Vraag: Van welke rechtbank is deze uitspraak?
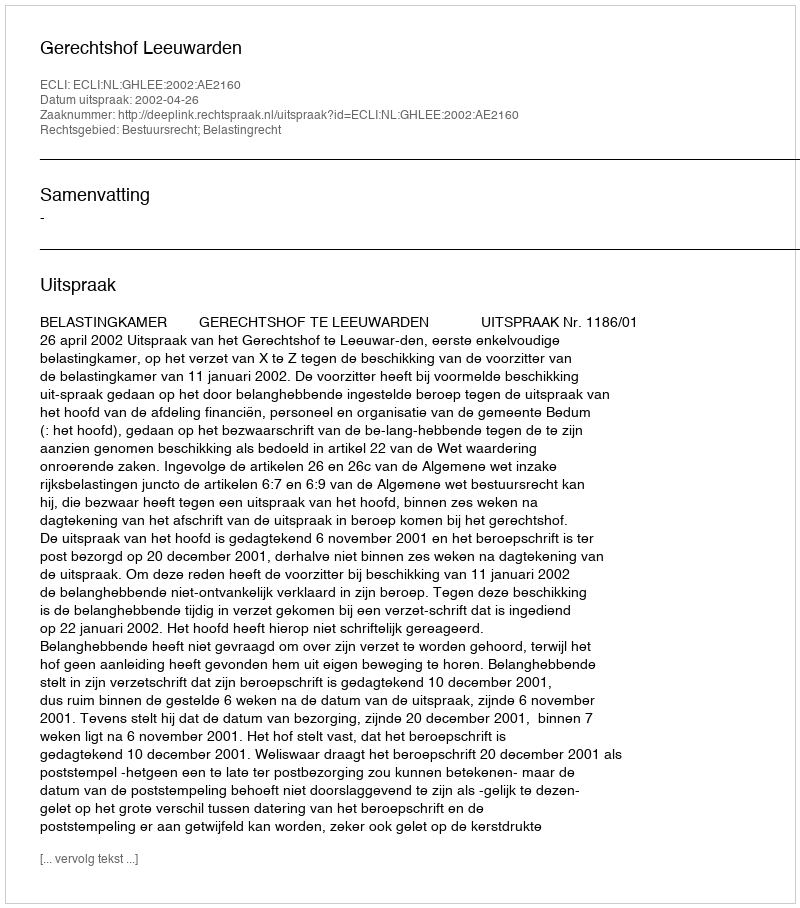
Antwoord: Gerechtshof Leeuwarden